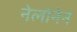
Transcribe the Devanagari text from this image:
नेलोनेन